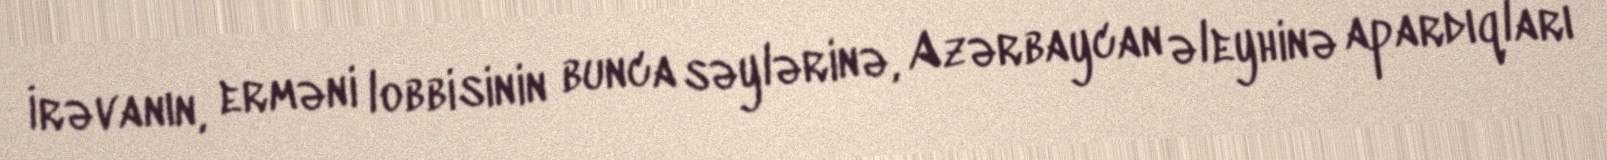
İrəvanın, erməni lobbisinin bunca səylərinə, Azərbaycan əleyhinə apardıqları